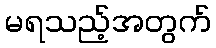
မရသည့်အတွက်